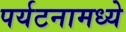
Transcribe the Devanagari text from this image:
पर्यटनामध्ये